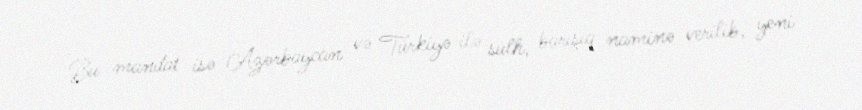
Bu mandat isə Azərbaycan və Türkiyə ilə sülh, barışıq naminə verilib, yeni